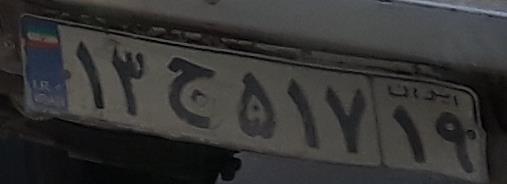
۱۳ج۵۱۷۱۹